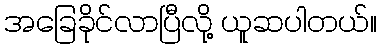
အခြေခိုင်လာပြီလို့ ယူဆပါတယ်။